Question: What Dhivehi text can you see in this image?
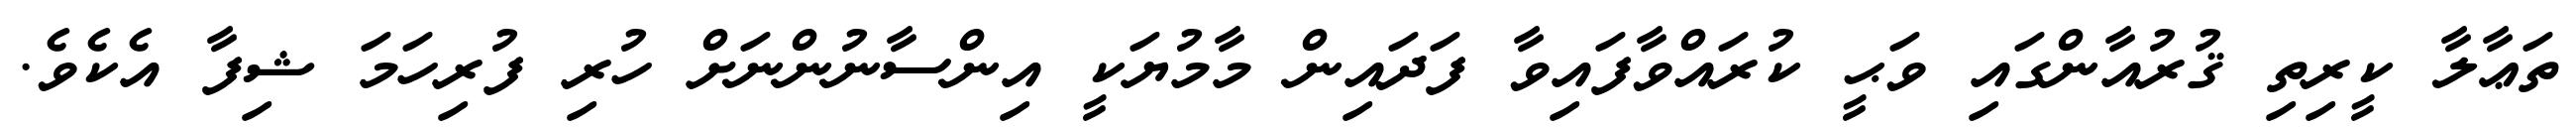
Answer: ތަޢާލާ ކީރިތި ޤުރުއާންގައި ވަޙީ ކުރައްވާފައިވާ ފަދައިން މާމުޔަކީ އިންސާނުންނަށް ހުރި ފުރިހަމަ ޝިފާ އެކެވެ.